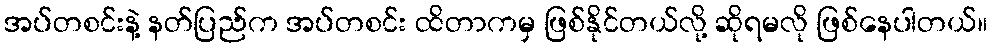
အပ်တစင်းနဲ့ နတ်ပြည်က အပ်တစင်း ထိတာကမှ ဖြစ်နိုင်တယ်လို့ ဆိုရမလို ဖြစ်နေပါတယ်။